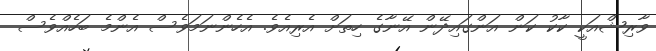
ވާރިޝްއަކީ ކާކު ކަން އަންގައިދޭން އޭނާގެ ހިތަށް އެރިއެވެ. އެހެންނަމަވެސް އެންމެ ބަހެއްވެސް